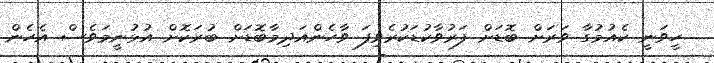
ހީވަނީ ކެއުމުގާ ވަރަށް ބޮޑަށް ފަރުވާކުޑަކުރެވިފަ ވާހެންއަދިމާބޮޑަށް ބުރަކޮށް އުޅުނީމަވެސް އެހެން